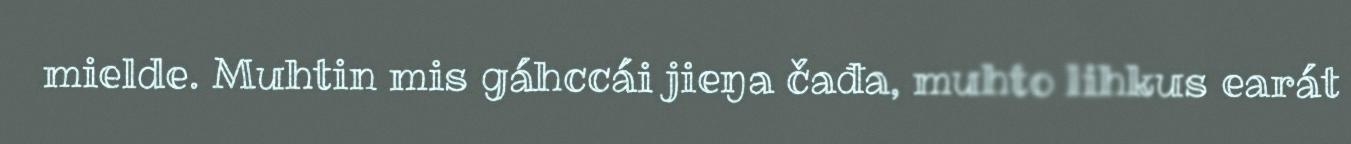
mielde. Muhtin mis gáhccái jieŋa čađa, muhto lihkus earát